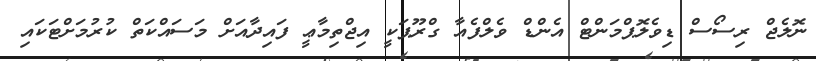
ނޮލެޖް ރިސޯސް ޑިވެލޮޕްމަންޓް އެންޑް ވެލްފެއާ ގްރޫޕަކީ އިޖްތިމާޢީ ފައިދާއަށް މަސައްކަތް ކުރުމަށްޓަކައި